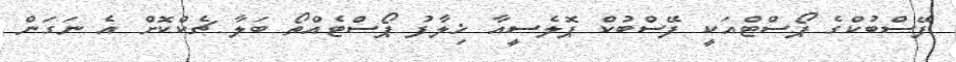
ފޭސްބުކްގެ ޕޯސްޓްއަކީ ފޭސްބުކް ޕޮލެސީއާ ޚިލާފު ޕޯސްޓެއްތޯ ބަލާ ޗެކްކޮށް އެ ނަގަން